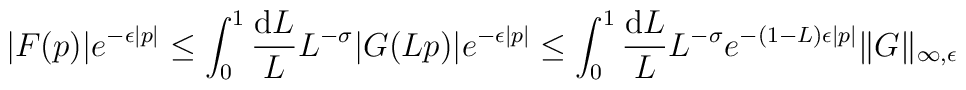
|F(p)| e^{-\epsilon |p|}\leq\int_0^1 \frac{{\rm d}L}{L} L^{-\sigma}|G(Lp)| e^{-\epsilon |p|}\leq\int_0^1 \frac{{\rm d}L}{L} L^{-\sigma}e^{-(1-L)\epsilon |p|}\| G\|_{\infty,\epsilon}